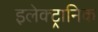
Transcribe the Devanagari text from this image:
इलेक्‍ट्रानिक